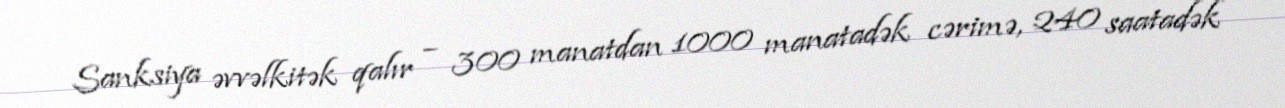
Sanksiya əvvəlkitək qalır – 300 manatdan 1000 manatadək cərimə, 240 saatadək